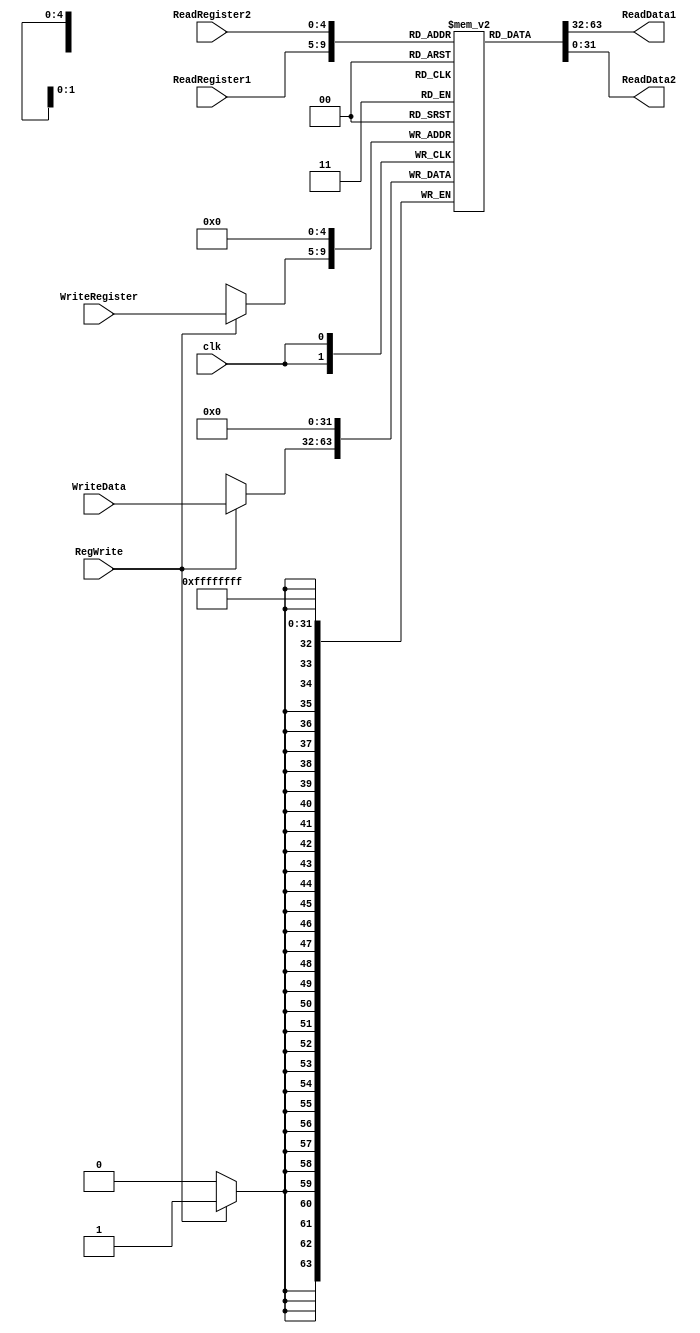
`timescale 1ps/1ps
module RegisterFile(input clk,input[4:0] ReadRegister1,ReadRegister2,WriteRegister,input [31:0] WriteData,input RegWrite,output [31:0] ReadData1,ReadData2);
  reg[31:0] File[31:0];
  assign ReadData1=File[ReadRegister1];
  assign ReadData2=File[ReadRegister2];
  always@(posedge clk)begin
    File[0]<=0;
    if(RegWrite)begin
      File[WriteRegister]<=WriteData;
    end
  end
  endmodule